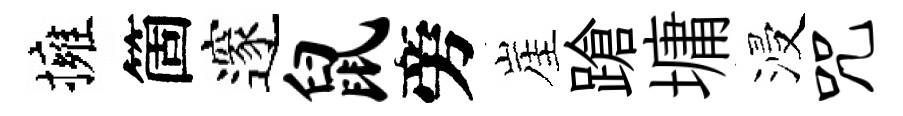
擁箇邃鼠旁崖蹌墉浸咒